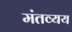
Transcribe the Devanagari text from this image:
मंतव्यय